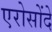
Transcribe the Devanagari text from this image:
एरोसोंदे